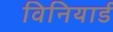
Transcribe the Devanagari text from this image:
विनियार्ड